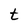
Character: t